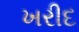
ખરીદ